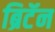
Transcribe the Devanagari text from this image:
ब्रिटॅन